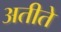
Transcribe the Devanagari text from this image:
अतीते